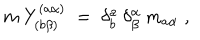
m \: Y _ { ( b \beta ) } ^ { ( a \alpha ) } \; = \; \delta _ { b } ^ { a } \: \delta _ { \beta } ^ { \alpha } \: m _ { a \alpha } \; ,